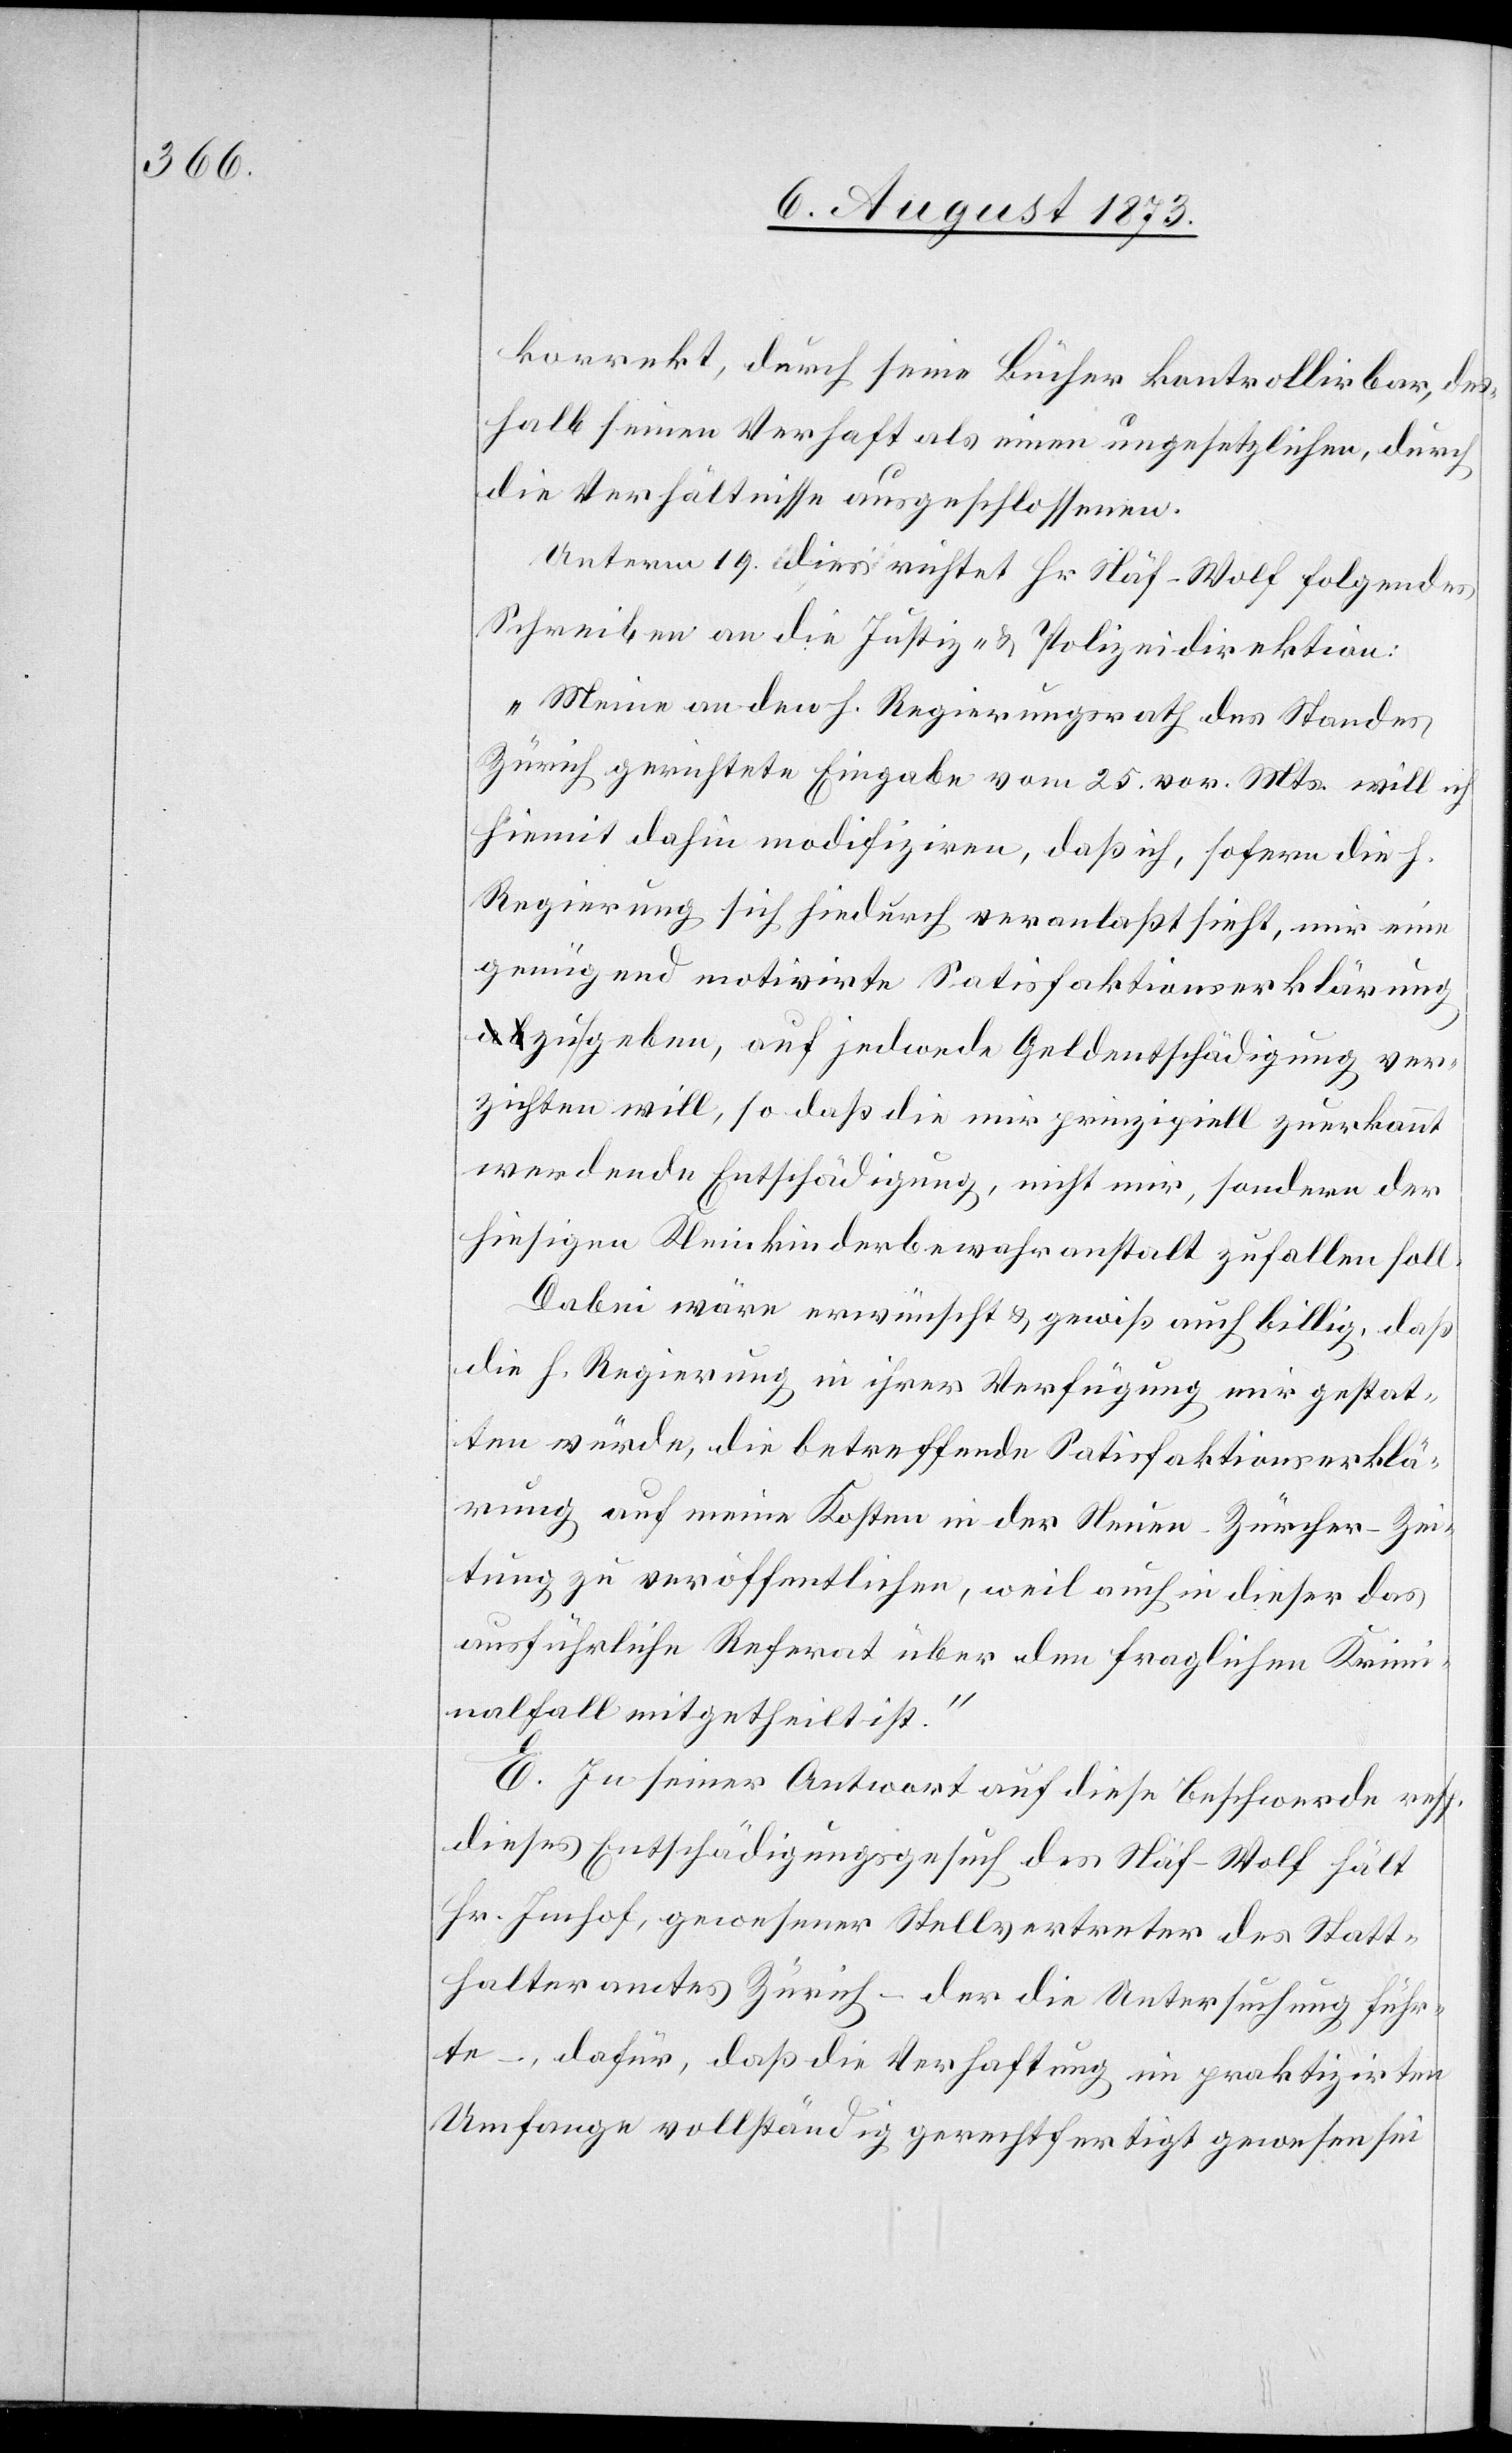
korrekt, durch seine Bücher kontrollirbar, des¬
halb seinen Verhaft als einen ungesetzlichen, durch
die Verhältnisse ausgeschlossenen.
Unterm 19. dies richtet Hr. Näf-Wolf folgendes
Schreiben an die Justiz- & Polizeidirektion:
„Meine an den h. Regierungsrath des Standes
Zürich gerichtete Eingabe vom 25. vor. Mts. will
hiemit dahin modifiziren, daß ich, sofern die h.
Regierung sich hiedurch veranlaßt sieht, mir eine
genügend motivirte Satisfaktionserklärung
zu geben, auf jedwede Geldentschädigung ver¬
zichten will, so daß die mir prinzipiell zuerkannt
werdende Entschädigung, nicht mir, sondern der
hiesigen Heimkinderbewahranstalt zufallen soll.
Dabei wäre erwünscht & gewiß auch billig, daß
die h. Regierung in ihrer Verfügung mir gestat¬
ten würde, die betreffende Satisfaktionserklä¬
rung auf meine Kosten in der Neuen-Zürcher-Zei¬
tung zu veröffentlichen, weil auch in dieser das
ausführliche Referat über den fraglichen Krim¬
inalfall mitgetheilt ist.“
E. In seiner Antwort auf diese Beschwerde resp.
dieses Entschädigungsgesuch des Näf-Wolf hält
Hr. Imhof, gewesener Stellvertreter des Statt¬
halteramtes Zürich – der die Untersuchung führ¬
te –, dafür, daß die Verhaftung, im praktizirten
Umfange vollständig gerechtfertigt gewesen sei